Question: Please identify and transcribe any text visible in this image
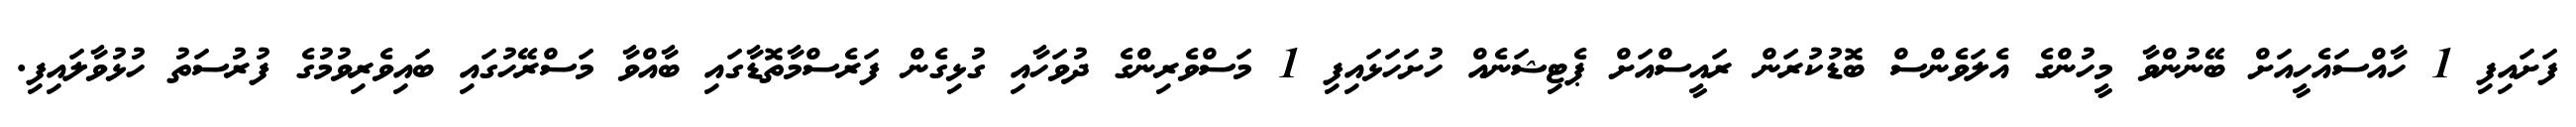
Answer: ފަށައިފި 1 ހާއްސައެހީއަށް ބޭނުންވާ މީހުންގެ އެލަވެންސް ބޮޑުކުރަން ރައީސްއަށް ޕެޓިޝަނެއް ހުށަހަޅައިފި 1 މަސްވެރިންގެ ދުވަހާއި ގުޅިގެން ފަރެސްމާތޮޑާގައި ބާއްވާ މަސްރޭހުގައި ބައިވެރިވުމުގެ ފުރުސަތު ހުޅުވާލައިފި.